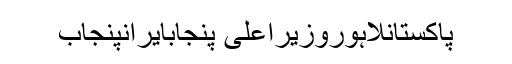
پاکستانلاہوروزیراعلیٰ پنجابایرانپنجاب